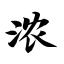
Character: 浓